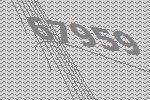
67959